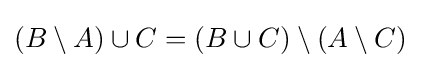
(B\setminus A)\cup C=(B\cup C)\setminus (A\setminus C)